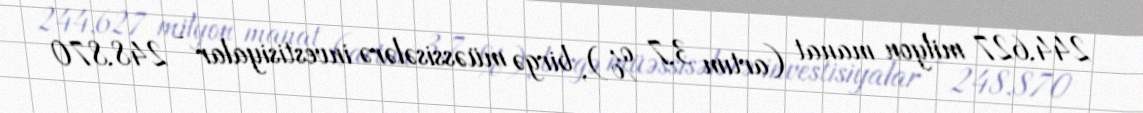
244,627 milyon manat (artım 3,7 %), birgə müəssisələrə investisiyalar - 248,870